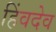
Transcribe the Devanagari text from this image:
हिंवदेव